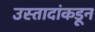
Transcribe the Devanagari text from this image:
उस्तादांकडून